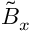
\tilde { B } _ { x }